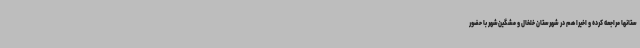
ستانها مراجعه کرده و اخیرا هم در شهرستان خلخال و مشگین‌شهر با حضور